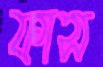
ফাস